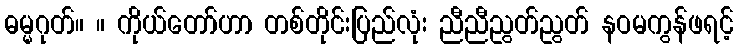
ဓမ္မဂုတ်။ ။ ကိုယ်တော်ဟာ တစ်တိုင်းပြည်လုံး ညီညီညွတ်ညွတ် နဝမကွန်ဖရင့်